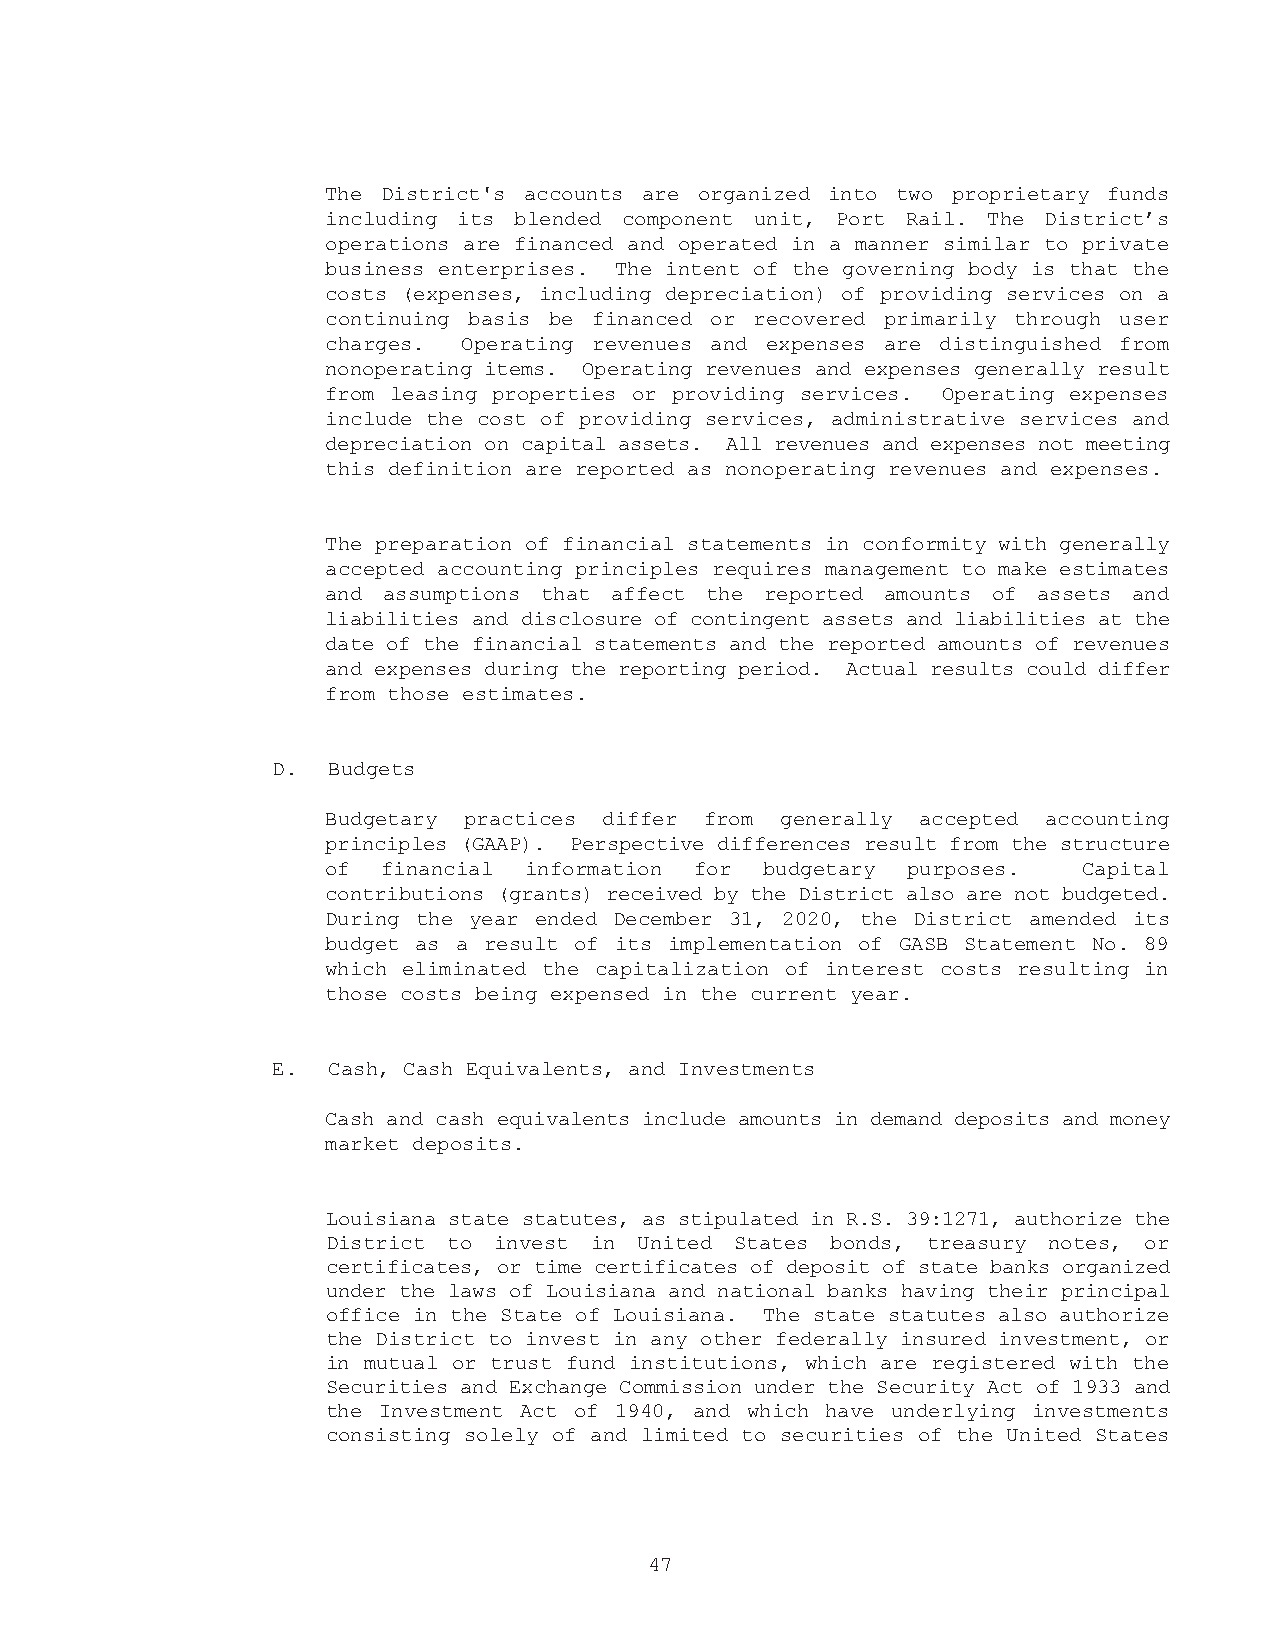
The District's accounts are organized into two proprietary funds
 including its blended component unit, Port Rail. The District’s
 operations are financed and operated in a manner similar to private
 business enterprises. The intent of the governing body is that the
 costs (expenses, including depreciation) of providing services on a
 continuing basis be financed or recovered primarily through user
 charges. Operating revenues and expenses are distinguished from
 nonoperating items. Operating revenues and expenses generally result
 from leasing properties or providing services. Operating expenses
 include the cost of providing services, administrative services and
 depreciation on capital assets. All revenues and expenses not meeting
 this definition are reported as nonoperating revenues and expenses.
 The preparation of financial statements in conformity with generally
 accepted accounting principles requires management to make estimates
 and assumptions that affect the reported amounts of assets and
 liabilities and disclosure of contingent assets and liabilities at the
 date of the financial statements and the reported amounts of revenues
 and expenses during the reporting period. Actual results could differ
 from those estimates.
 D.  Budgets
 Budgetary practices differ from generally accepted accounting
 principles (GAAP). Perspective differences result from the structure
 of financial information for budgetary purposes.  Capital
 contributions (grants) received by the District also are not budgeted.
 During the year ended December 31, 2020, the District amended its
 budget as a result of its implementation of GASB Statement No. 89
 which eliminated the capitalization of interest costs resulting in
 those costs being expensed in the current year.
 E.  Cash, Cash Equivalents, and Investments
 Cash and cash equivalents include amounts in demand deposits and money
 market deposits.
 Louisiana state statutes, as stipulated in R.S. 39:1271, authorize the
 District to invest in United States bonds, treasury notes, or
 certificates, or time certificates of deposit of state banks organized
 under the laws of Louisiana and national banks having their principal
 office in the State of Louisiana. The state statutes also authorize
 the District to invest in any other federally insured investment, or
 in mutual or trust fund institutions, which are registered with the
 Securities and Exchange Commission under the Security Act of 1933 and
 the Investment Act of 1940, and which have underlying investments
 consisting solely of and limited to securities of the United States
 47